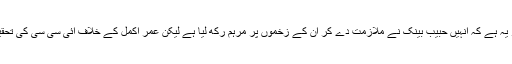
مڈل آرڈر بیٹسمین کے لئے اچھی خبر یہ ہے کہ انہیں حبیب بینک نے ملازمت دے کر ان کے زخموں پر مرہم رکھ لیا ہے لیکن عمر اکمل کے خلاف آئی سی سی کی تحقیقات خاموشی سے آگے بڑھ رہی ہیں۔